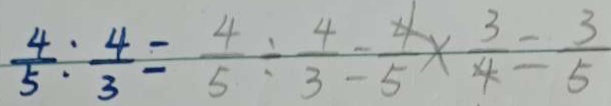
\frac { 4 } { 5 } : \frac { 4 } { 3 } = \frac { 4 } { 5 } \div \frac { 4 } { 3 } = \frac { 4 } { 5 } \times \frac { 3 } { 4 } = \frac { 3 } { 5 }